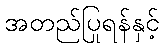
အတည်ပြုရန်နှင့်